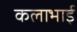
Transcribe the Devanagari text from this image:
कलाभाई